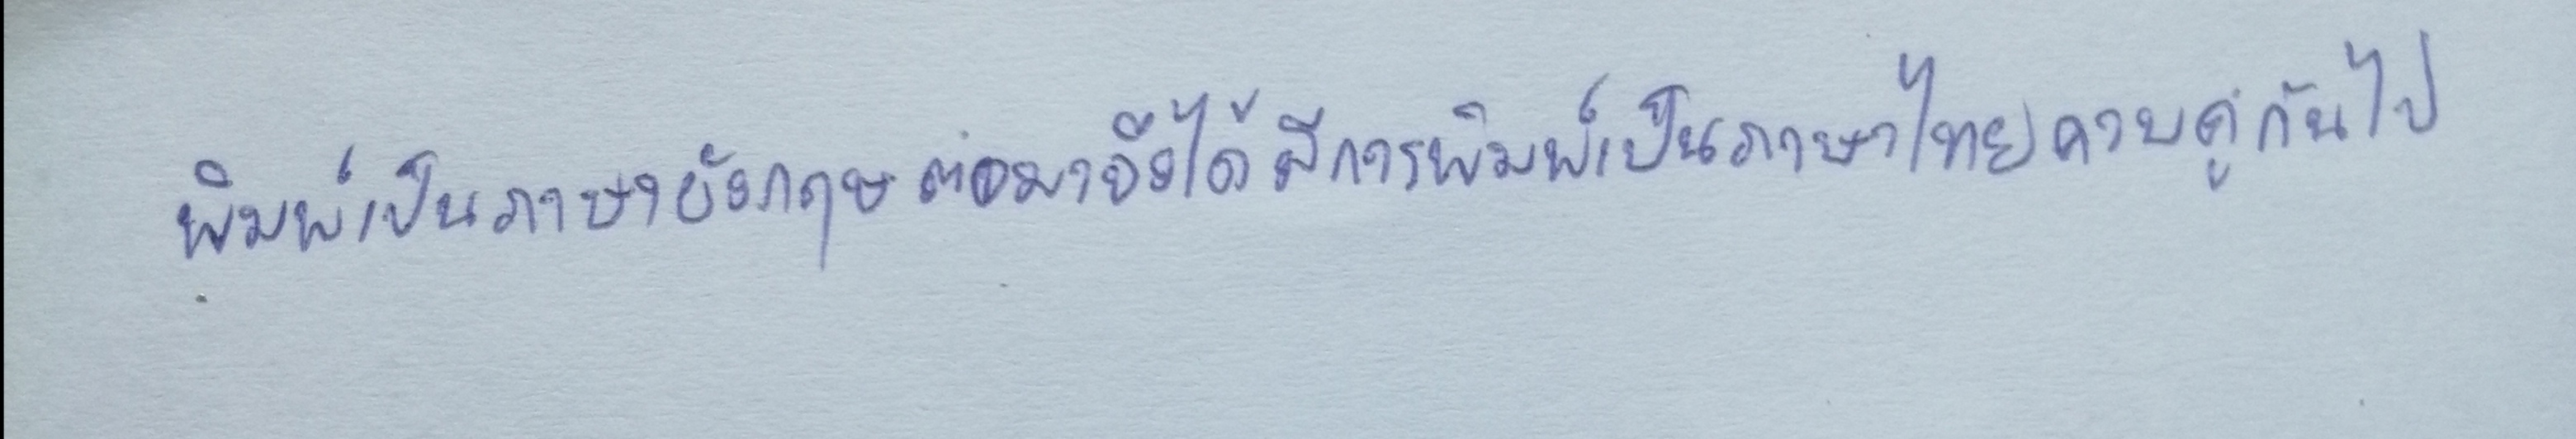
พิมพ์เป็นภาษาอังกฤษต่อมาจึงได้มีการพิมพ์เป็นภาษาไทยควบคู่กันไป